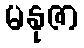
မနုဇာ